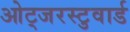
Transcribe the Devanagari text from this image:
ओट्जरस्टुवार्ड